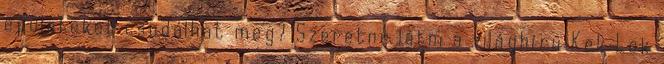
épületeket csodálhat meg? Szeretné látni a világhírű Kek Lok